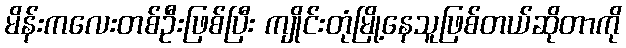
မိန်းကလေးတစ်ဦးဖြစ်ပြီး ကျိုင်းတုံမြို့နေသူဖြစ်တယ်ဆိုတာကို